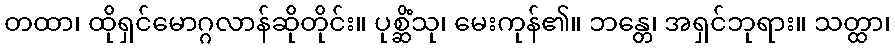
တထာ၊ ထိုရှင်မောဂ္ဂလာန်ဆိုတိုင်း။ ပုစ္ဆိံသု၊ မေးကုန်၏။ ဘန္တေ၊ အရှင်ဘုရား။ သတ္ထာ၊